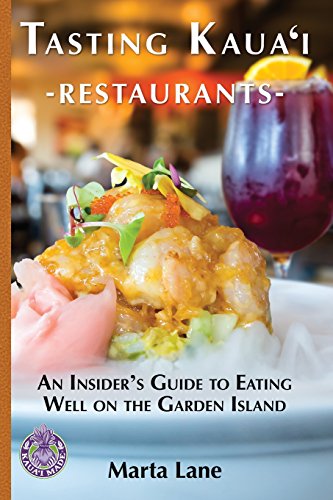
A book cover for Tasting Kauai Restaurants: An Insider's Guide to Eating Well on the Garden Island; Marta Lane; Travel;